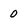
Character: 0